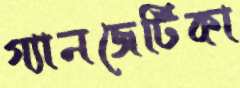
গ্যানজেটিকা